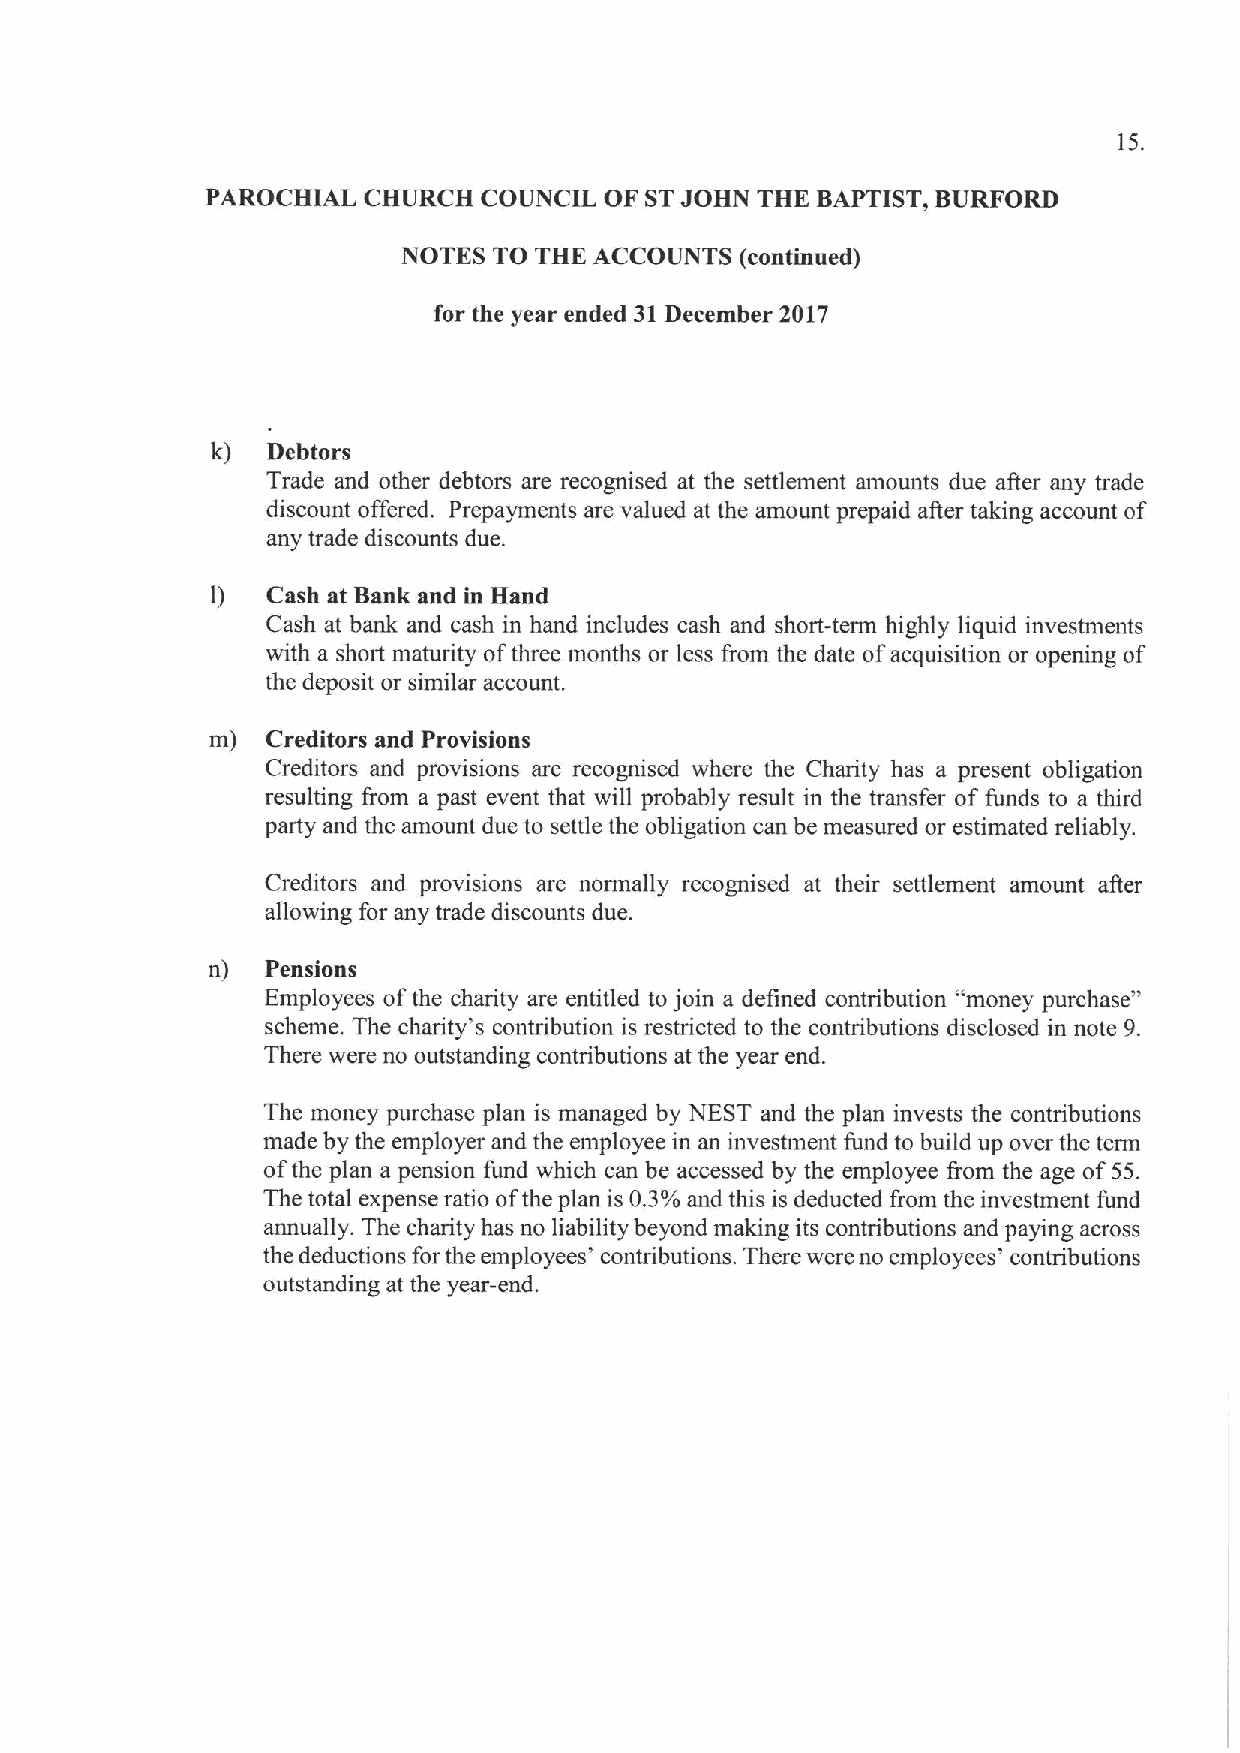
15.
 PAROCHIAL CHURCH  COUNCIL OF STJOHN THE BAPTIST, BURFORD
 NOTES TO THE ACCOUNTS (continued)
 for the year ended 31December 2017
 k)  Debtors
 Trade and other debtors are recognised at the settlement amounts due atter any trade
 discount offered. Prepayments are valued at the amount prepaid aller taking account of
 any trade discounts due.
 1)  Cash at Bank and in Hand
 Cash at bank and cash in hand includes cash and short-term highly liquid investments
 with a short maturity ofthree months or less from the date ofacquisition or opening of
 the deposit or similar account.
 m)  Creditors and Provisions
 Creditors and provisions are recognised where the Charity has a present obligation
 resulting from a past event that will probably result in the transfer of funds to a third
 party and the amount due to settle the obligation can be measured or estimated reliably.
 Creditors snd provisions are normally recognised at their settlement amount aller
 allowing for any trade discounts due.
 n)  Pensions
 Employees ofthe charity are entitled to join a defined contribution "money purchase"
 scheme. The charity's contribution is restricted to the contributions disclosed in note 9.
 There were no outstanding contributions at the year end.
 The money purchase plan is managed by NEST and the plan invests the contributions
 made by the employer and the employee in an investment fund to build up over the term
 ofthe plan a pension fund which can be accessed by the employee &om the age of55.
 The total expense ratio ofthe plan is 0.35'o and this is deducted from the investment fund
 annually. The charity has no liability beyond making its contributions and paying across
 the deductions for the employees' contributions. There were no employees' contributions
 outstanding at the year-end.